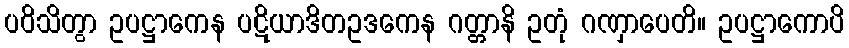
ပဝိသိတွာ ဥပဋ္ဌာကေန ပဋိယာဒိတဥဒကေန ဂတ္တာနိ ဥတုံ ဂဏှာပေတိ။ ဥပဋ္ဌာကောပိ